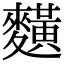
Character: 䵃